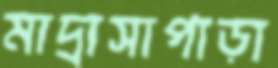
মাদ্রাসাপাড়া